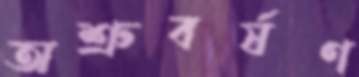
অশ্রুবর্ষণ